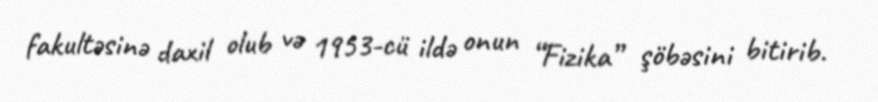
fakultəsinə daxil olub və 1953-cü ildə onun “Fizika” şöbəsini bitirib.